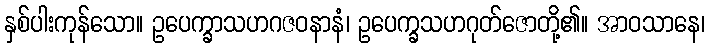
နှစ်ပါးကုန်သော။ ဥပေက္ခာသဟဂဇဝနာနံ၊ ဥပေက္ခသဟဂုတ်ဇောတို့၏။ အာဝသာနေ၊